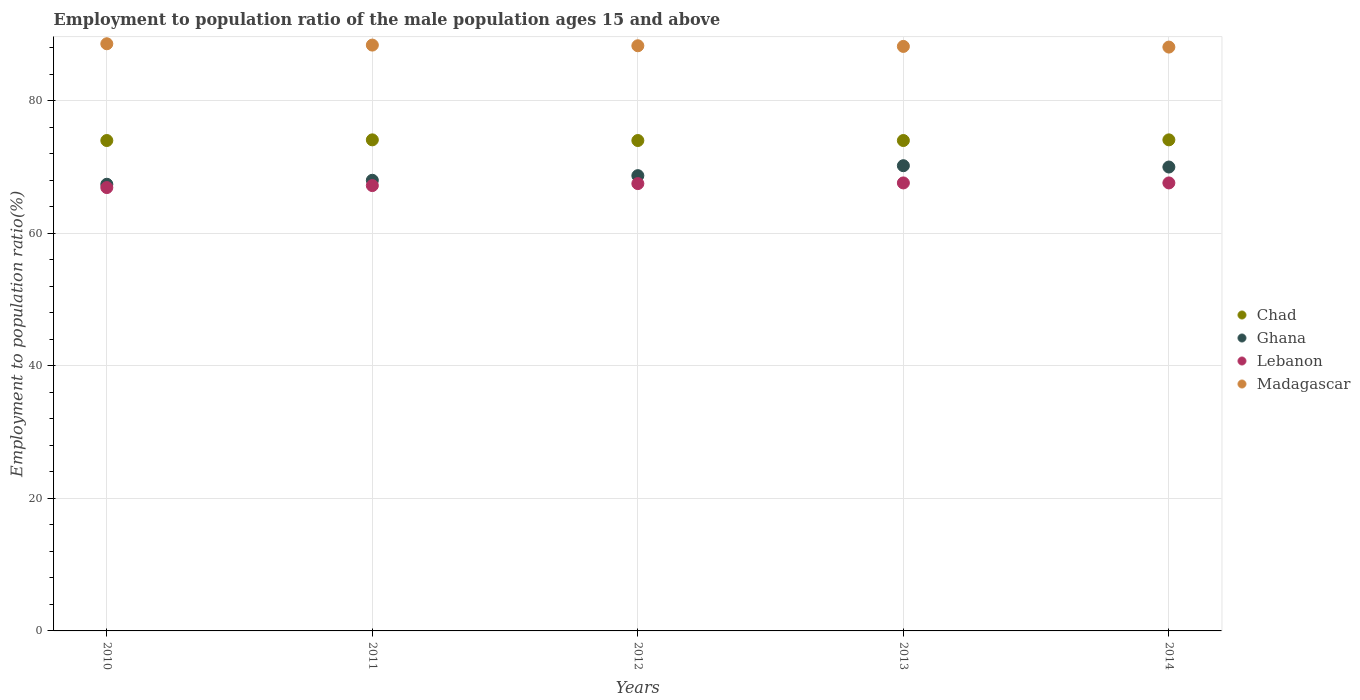
| Years | Chad | Ghana | Lebanon | Madagascar |
 | --- | --- | --- | --- | --- |
 | 2010 | 74 | 67.4 | 66.9 | 88.6 |
 | 2011 | 74.1 | 68 | 67.2 | 88.4 |
 | 2012 | 74 | 68.7 | 67.5 | 88.3 |
 | 2013 | 74 | 70.2 | 67.6 | 88.2 |
 | 2014 | 74.1 | 70 | 67.6 | 88.1 |